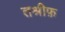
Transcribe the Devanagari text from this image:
तश्रीफ़